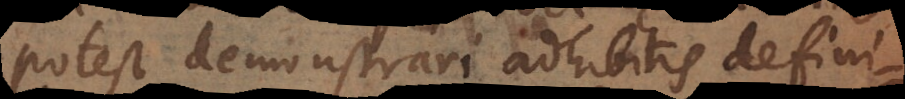
potest demonstrari adhibitis defini